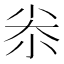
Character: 尜